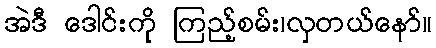
အဲဒီ ဒေါင်းကို ကြည့်စမ်း၊လှတယ်နော်။